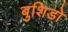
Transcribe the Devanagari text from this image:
बुशिडो